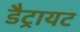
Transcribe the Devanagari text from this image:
डैट्रायट